Civil Veterinary Department Bihar & Orissa reports 1922-29 - 1922-1929
Year: 1922
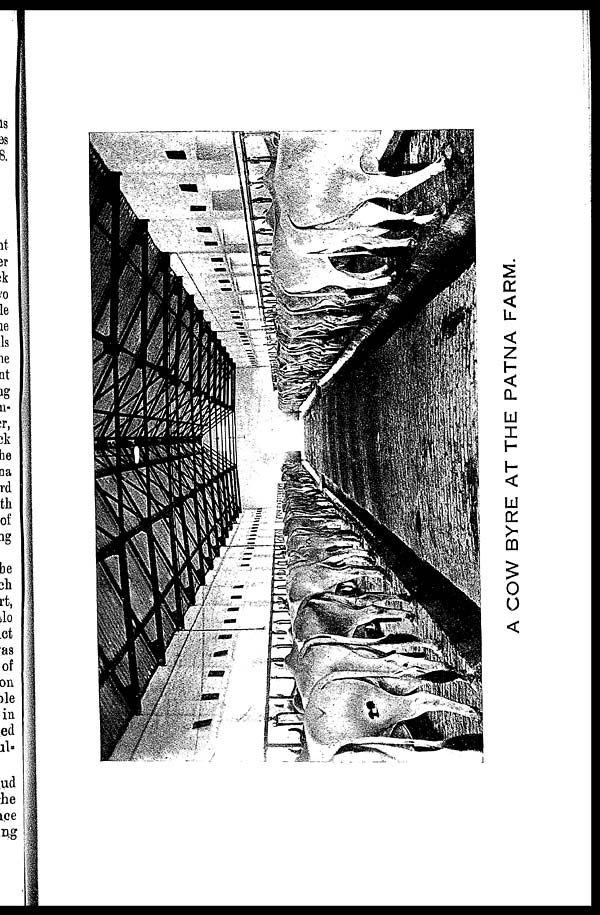
A COW BYRE AT THE PATNA FARM.